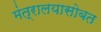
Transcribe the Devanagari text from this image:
मंत्रालयासोबत